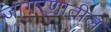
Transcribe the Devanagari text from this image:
जागरणातील